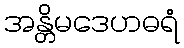
အန္တိမဒေဟဓရံ